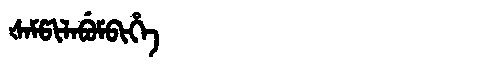
Manchu: ᡧᠠᠮᡦᡳᠯᠠᠪᡠᠮᠪᡳᡥᡝ
Romanization: ŠAMPILABUMBIHE